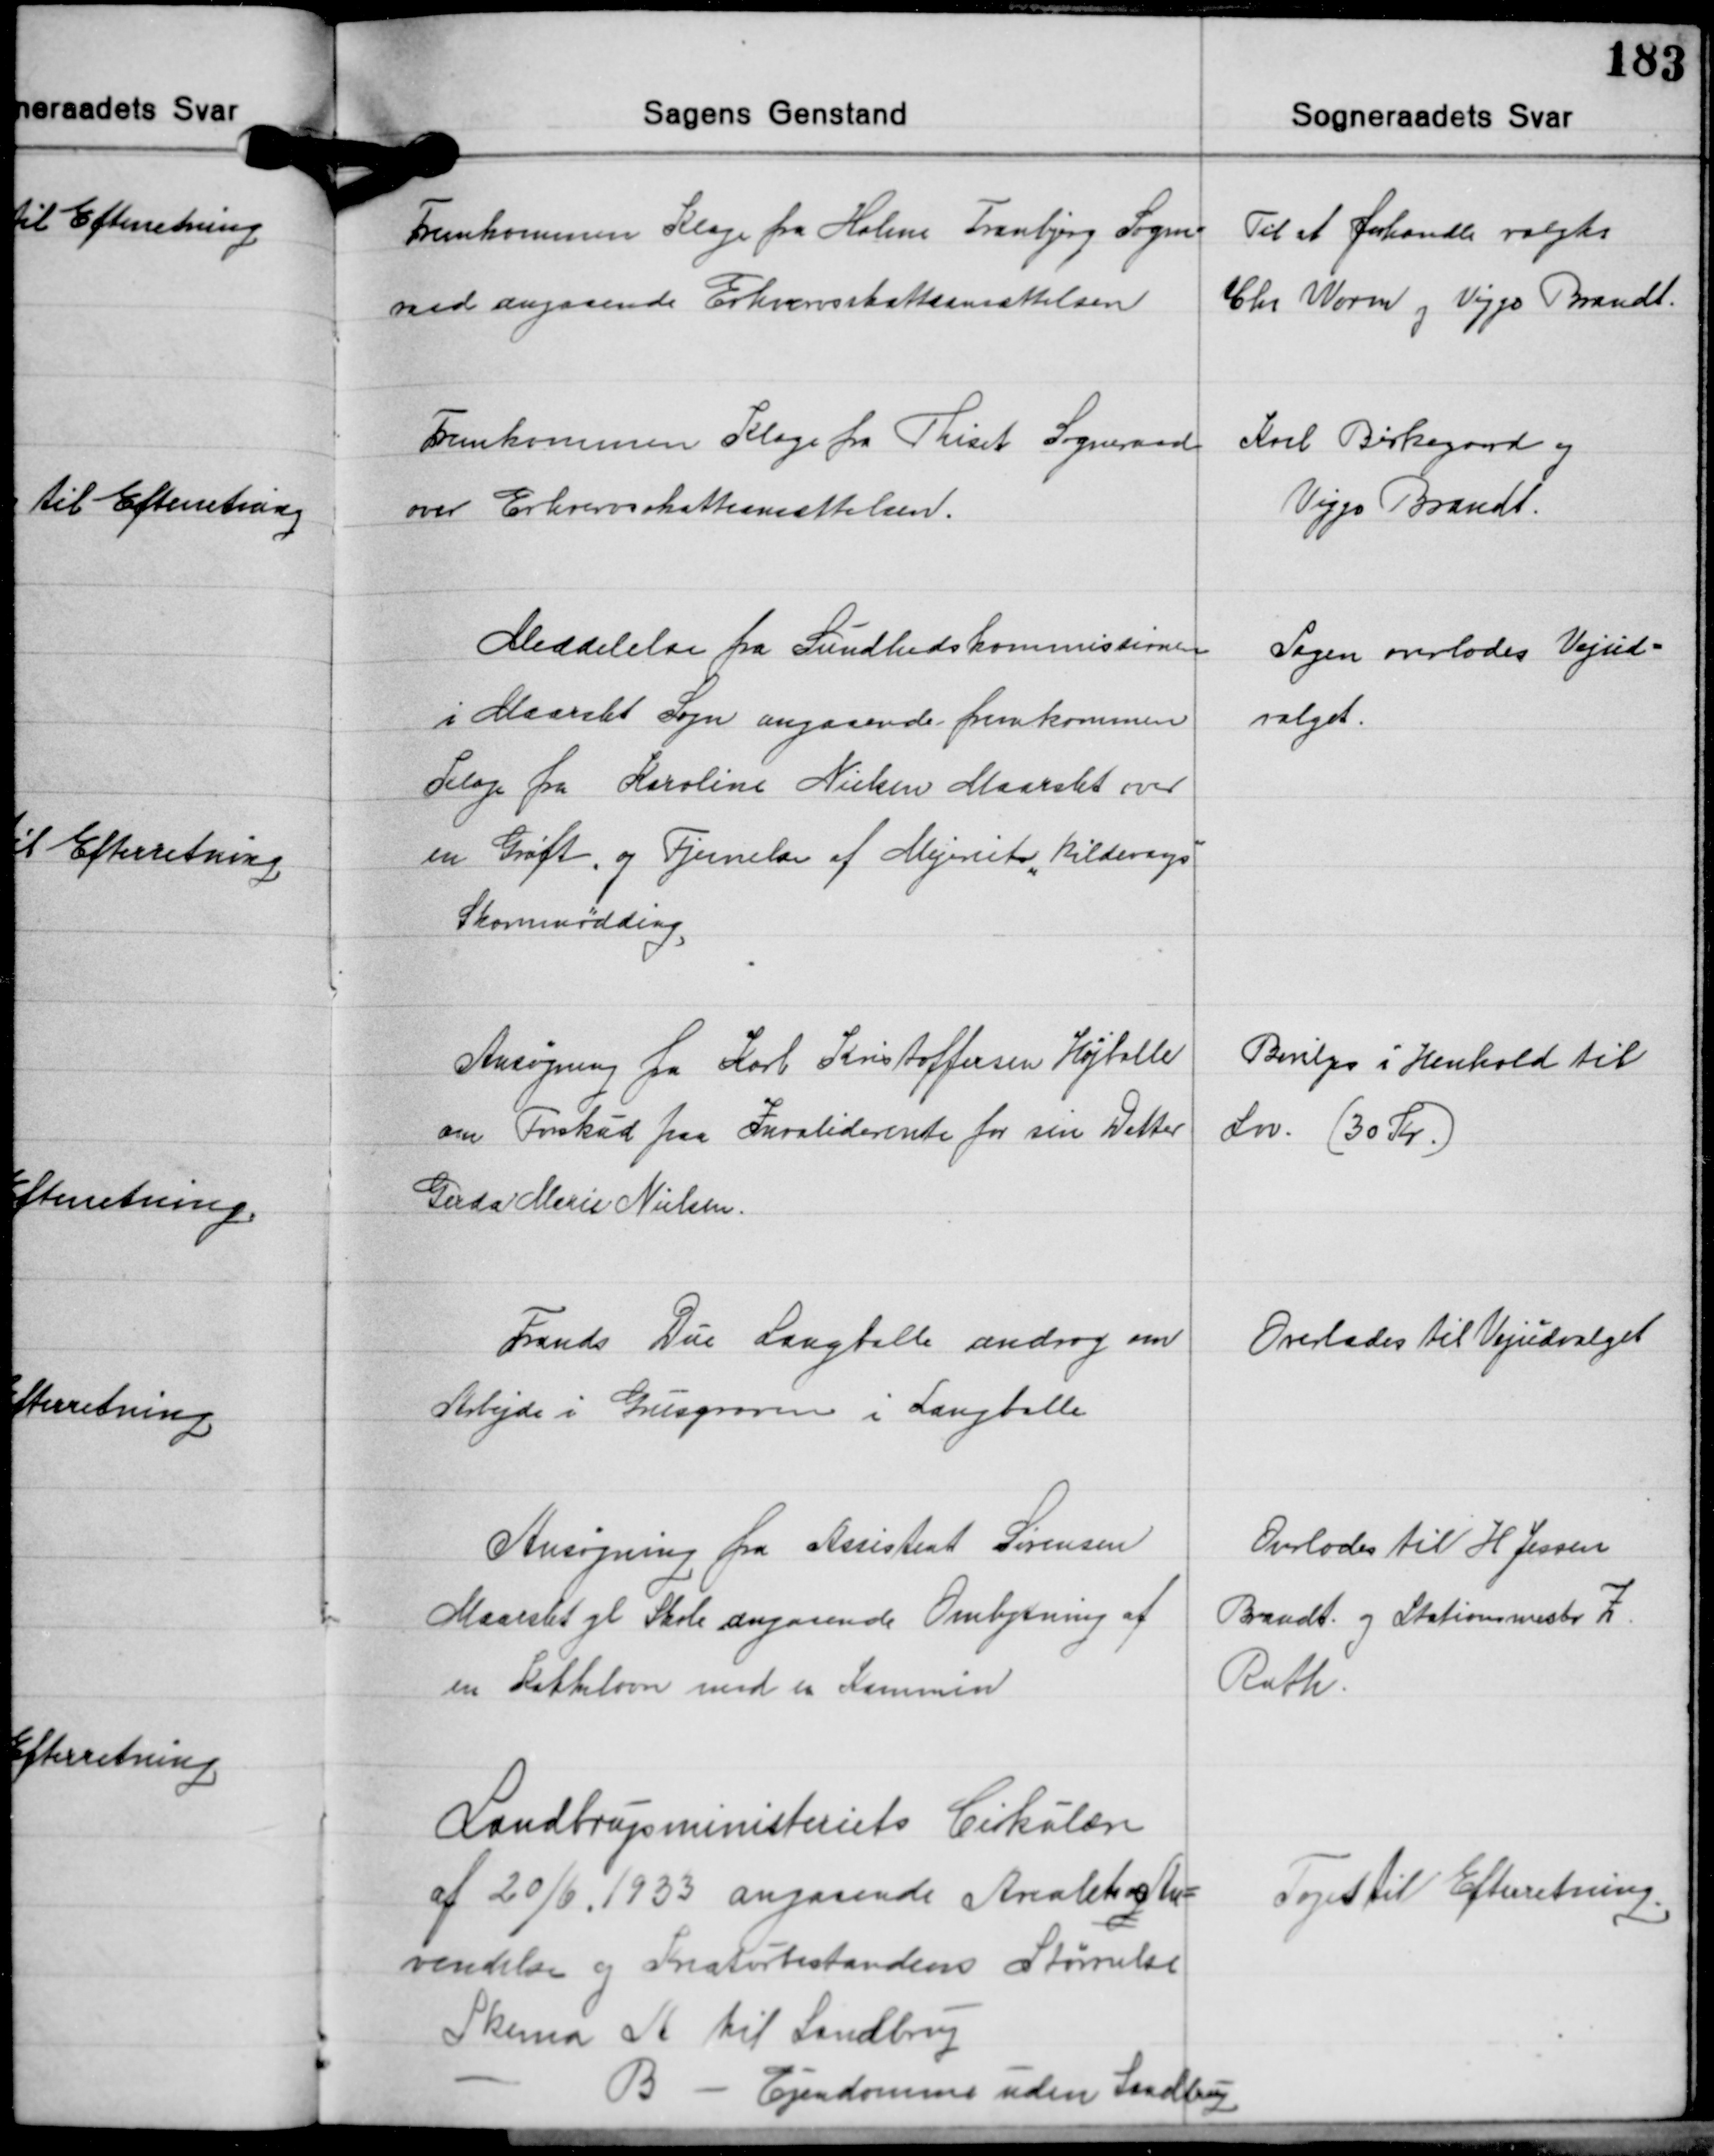
Transskription:
Fremkommen Klage fra Holme Tranbjerg Sogne-
raad angaaende Erhvervsskatteansættelsen

Til at forhandle valgtes
Chr. Worm og Viggo Brandt.

Fremkommen Klage fra Thiset Sogneraad
over Erhvervsskatteansættelsen.

Karl Birkegaard og
Viggo Brandt.

Meddelelse fra Sundhedskommissionen
i Maarslet Sogn angaaende fremkommen
Klage fra Karoline Nielsen Maarslet over
en Grøft, og Fjernelse af Mejeriet "Kildevangs"
Skarnmødding.

Sagen overlodes Vejud-
valget.

Ansøgning fra Karl Kristoffersen Højballe
om Forskud paa Invaliderente for sin Datter
Gerda Marie Nielsen.

Bevilges i Henhold til
Lov. (30 Kr.)

Frands Due Langballe androg om
Arbejde i Grusgraven i Langballe

Overlades til Vejudvalget

Ansøgning fra Assistent Sørensen
Maarslet gl. Skole angaaende Ombytning af
en Kakkelovn med en Kammin

Overlodes til H. Jessen
Brandt og Stationsmester Z.
Rath.

Landbrugsministeriets Cirkulære
af 20/6 1933 angaaende Arealets og An-
vendelse og Kreaturbestandens Størrelse
Skema A til Landbrug
- B - Ejendomme uden Landbrug

Toges til Efterretning.